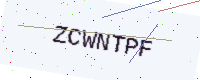
Text: ZCWNTPF